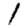
Digit: 1